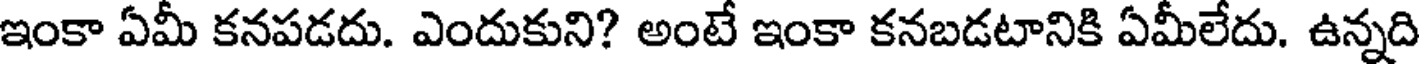
ఇంకా ఏమీ కనపడదు. ఎందుకుని? అంటే ఇంకా కనబడటానికి ఏమీలేదు. ఉన్నది